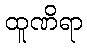
ထူဏိရာ